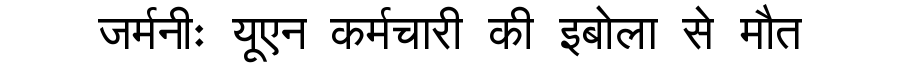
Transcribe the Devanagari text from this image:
जर्मनीः यूएन कर्मचारी की इबोला से मौत